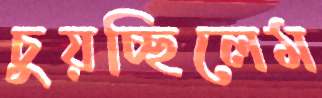
চুয়চ্ছিলেম